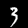
Label: 3